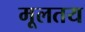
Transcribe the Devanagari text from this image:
मूलतय